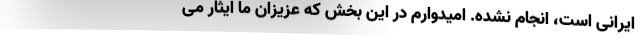
ایرانی است، انجام نشده. امیدوارم در این بخش که عزیزان ما ایثار می